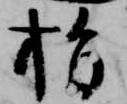
指